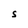
Character: S